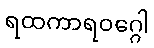
ရထကာရဝဂ္ဂေါ